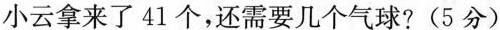
小云拿来了41个，还需要几个气球?(5分)